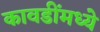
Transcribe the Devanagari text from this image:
कावडींमध्ये